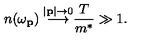
\frac { n ( \omega _ { \bf p } ) \buildrel \vert { \bf p } \vert \to 0 } { \longrightarrow { \frac { T } { m ^ { * } } } \gg 1 . }